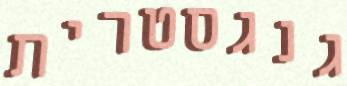
גנגסטרית